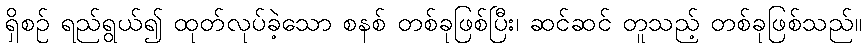
ရှိစဉ် ရည်ရွယ်၍ ထုတ်လုပ်ခဲ့သော စနစ် တစ်ခုဖြစ်ပြီး၊ ဆင်ဆင် တူသည့် တစ်ခုဖြစ်သည်။